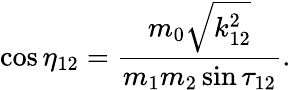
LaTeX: \cos\eta_{12}=\frac{m_{0}\sqrt{k_{12}^{2}}}{m_{1}m_{2}\sin\tau_{12}}.